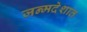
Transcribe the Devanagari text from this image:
जन्मदेशात